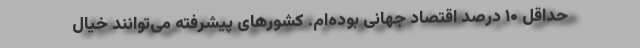
حداقل ۱۰ درصد اقتصاد جهانی بوده‌ام. کشورهای پیشرفته می‌توانند خیال